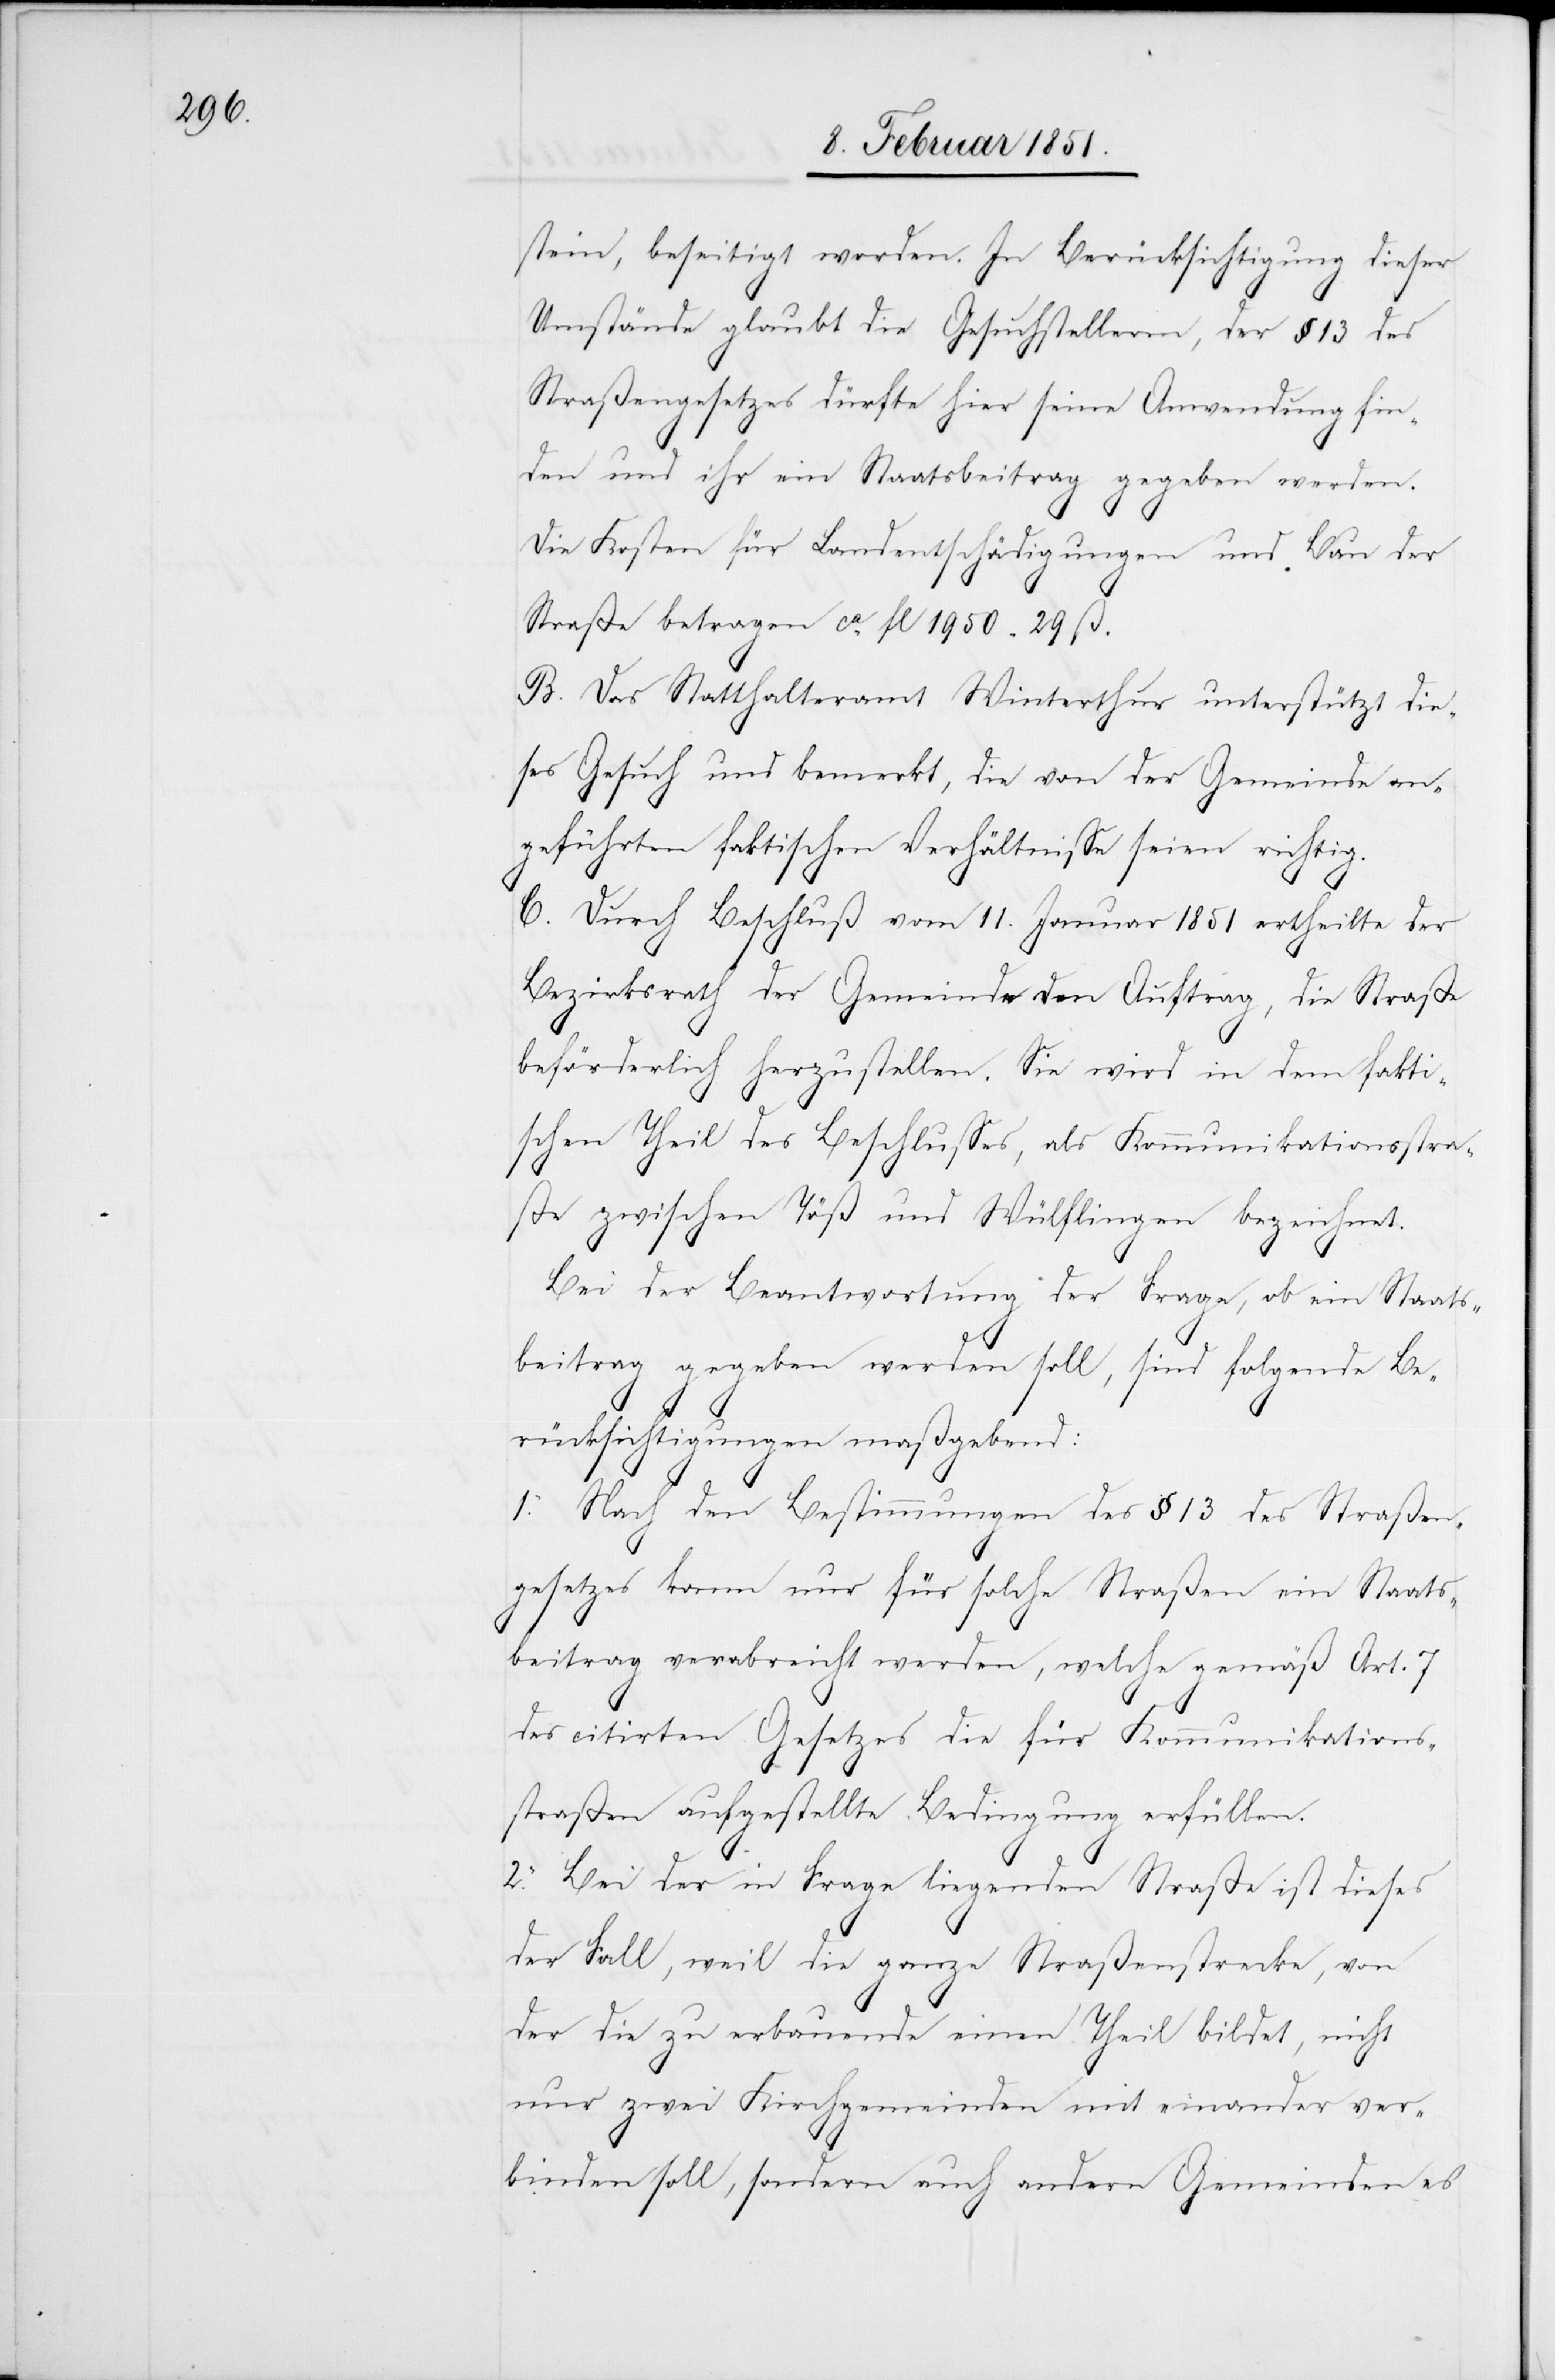
stein, beseitigt worden. In Berücksichtigung dieser
Umstände glaubt die Gesuchstellerin, der § 13 des
Straßengesetzes dürfte hier seine Anwendung fin¬
den und ihr ein Staatsbeitrag gegeben werden.
Die Kosten für Landentschädigungen und Bau der
Straße betragen ca. fl 1950 29 ß.
B. Das Statthalteramt Winterthur unterstützt die¬
ses Gesuch und bemerkt, die von der Gemeinde an¬
geführten faktischen Verhältnisse seien richtig.
C. Durch Beschluß vom 11. Januar 1851 ertheilte der
Bezirksrath der Gemeinde den Auftrag, die Straße
beförderlich herzustellen. Sie wird in dem fakti¬
schen Theil des Beschlusses, als Kommunikationsstra¬
ße zwischen Töß und Wülflingen bezeichnet.
Bei der Beantwortung der Frage, ob ein Staats¬
beitrag gegeben werden soll, sind folgende Be¬
rücksichtigungen maßgebend:
1. Nach den Bestimmungen des § 13 des Straßen¬
gesetzes kann nur für solche Straßen ein Staats¬
beitrag verabreicht werden, welche gemäß Art. 7
des citirten Gesetzes die für Kommunikations¬
straßen aufgestellte Bedingung erfüllen.
2. Bei der in Frage liegenden Straße ist dieses
der Fall, weil die ganze Straßenstrecke, von
der die zu erbauende einen Theil bildet, nicht
nur zwei Kirchgemeinden mit einander ver¬
binden soll, sondern auch andern Gemeinden es